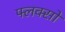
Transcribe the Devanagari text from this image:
फ्लक्सों